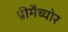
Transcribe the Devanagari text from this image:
प्रीमैच्योर